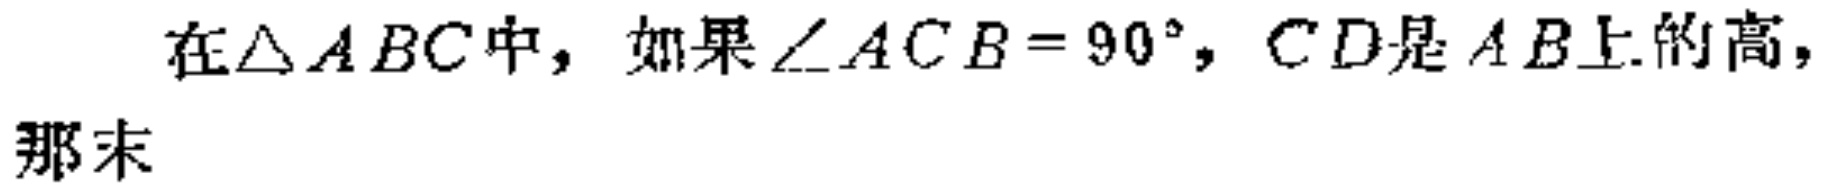
在$\triangle ABC$中，如果$\angle ACB = 90^{\circ}$，$CD$是$AB$上的高，那末